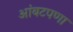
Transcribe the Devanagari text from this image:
आंबटपणा